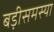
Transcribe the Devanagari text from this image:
बड़ीसमस्या